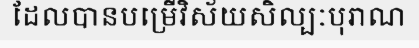
ដែលបានបម្រើវិស័យសិល្បៈបុរាណ